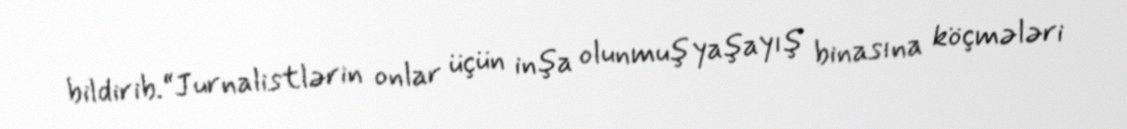
bildirib.“Jurnalistlərin onlar üçün inşa olunmuş yaşayış binasına köçmələri